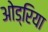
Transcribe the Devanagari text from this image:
ओड्रिया